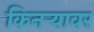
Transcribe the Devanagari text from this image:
किनऱ्यावर